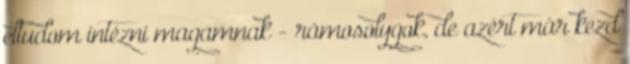
eltudom intézni magamnak - rámosolygok, de azért már kezd